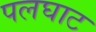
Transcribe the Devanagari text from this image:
पलघाट